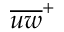
{ \overline { { { u } { w } } } } ^ { + }